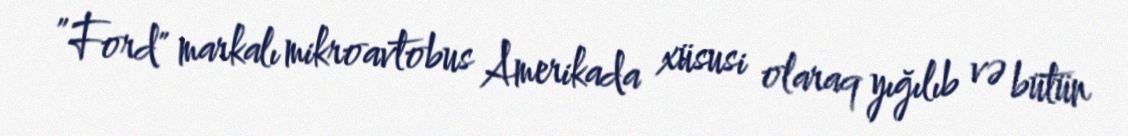
”Ford" markalı mikroavtobus Amerikada xüsusi olaraq yığılıb və bütün